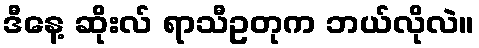
ဒီနေ့ ဆိုးလ် ရာသီဥတုက ဘယ်လိုလဲ။